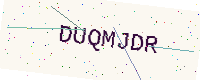
Text: DUQMJDR